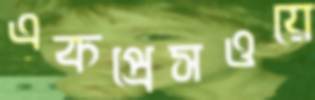
একপ্রেসওয়ে